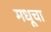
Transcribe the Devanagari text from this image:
मधूचा